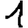
Digit: 1